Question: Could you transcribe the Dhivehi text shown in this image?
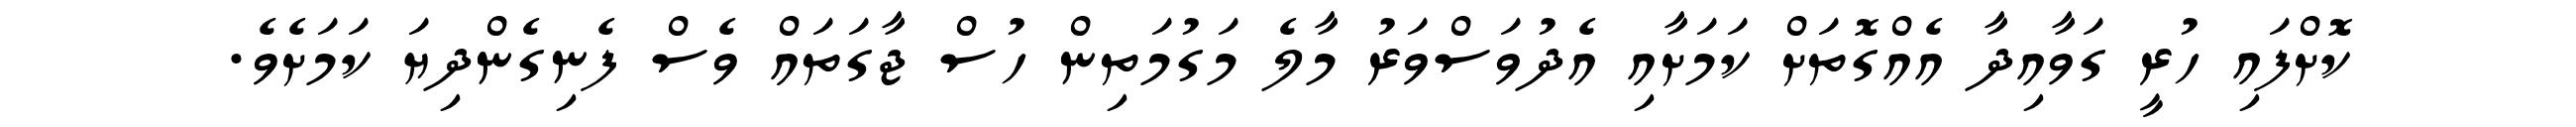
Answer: ކޮށްފައި ހުރީ ގަވާއިދާ އެއްގޮތަށް ކަމަށާއި އެދުވަސްވަރު މާލެ މަގުމަތިން ހުސް ޖާގަތައް ވެސް ފެނިގެންދިޔަ ކަމަށެވެ.